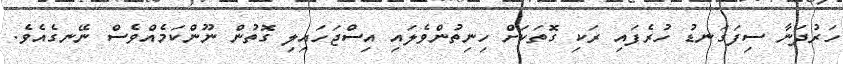
ހަރުދަނާ ސިފަގަނޑު ހުރެފައި ރަކި ގޮތަކަށް ހިނިތުންވެލައި އިސްޖަހައިލި ގޮތުން ނޫންކަމެއްވެސް ނޭނގެއެވެ.